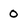
Character: 0